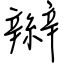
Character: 辮